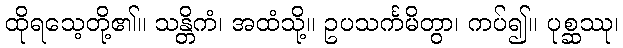
ထိုရသေ့တို့၏။ သန္တိကံ၊ အထံသို့။ ဥပသင်္ကမိတွာ၊ ကပ်၍။ ပုစ္ဆဿု၊